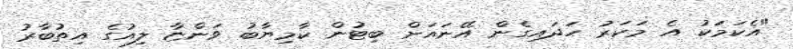
"އެކަމަކު އެ މަކަރު ހަދައިގެން އޭނައަށް ބިޓުން ކާމިޔާބު ވަންޏާ ލިއުގެ އިތުބާރު